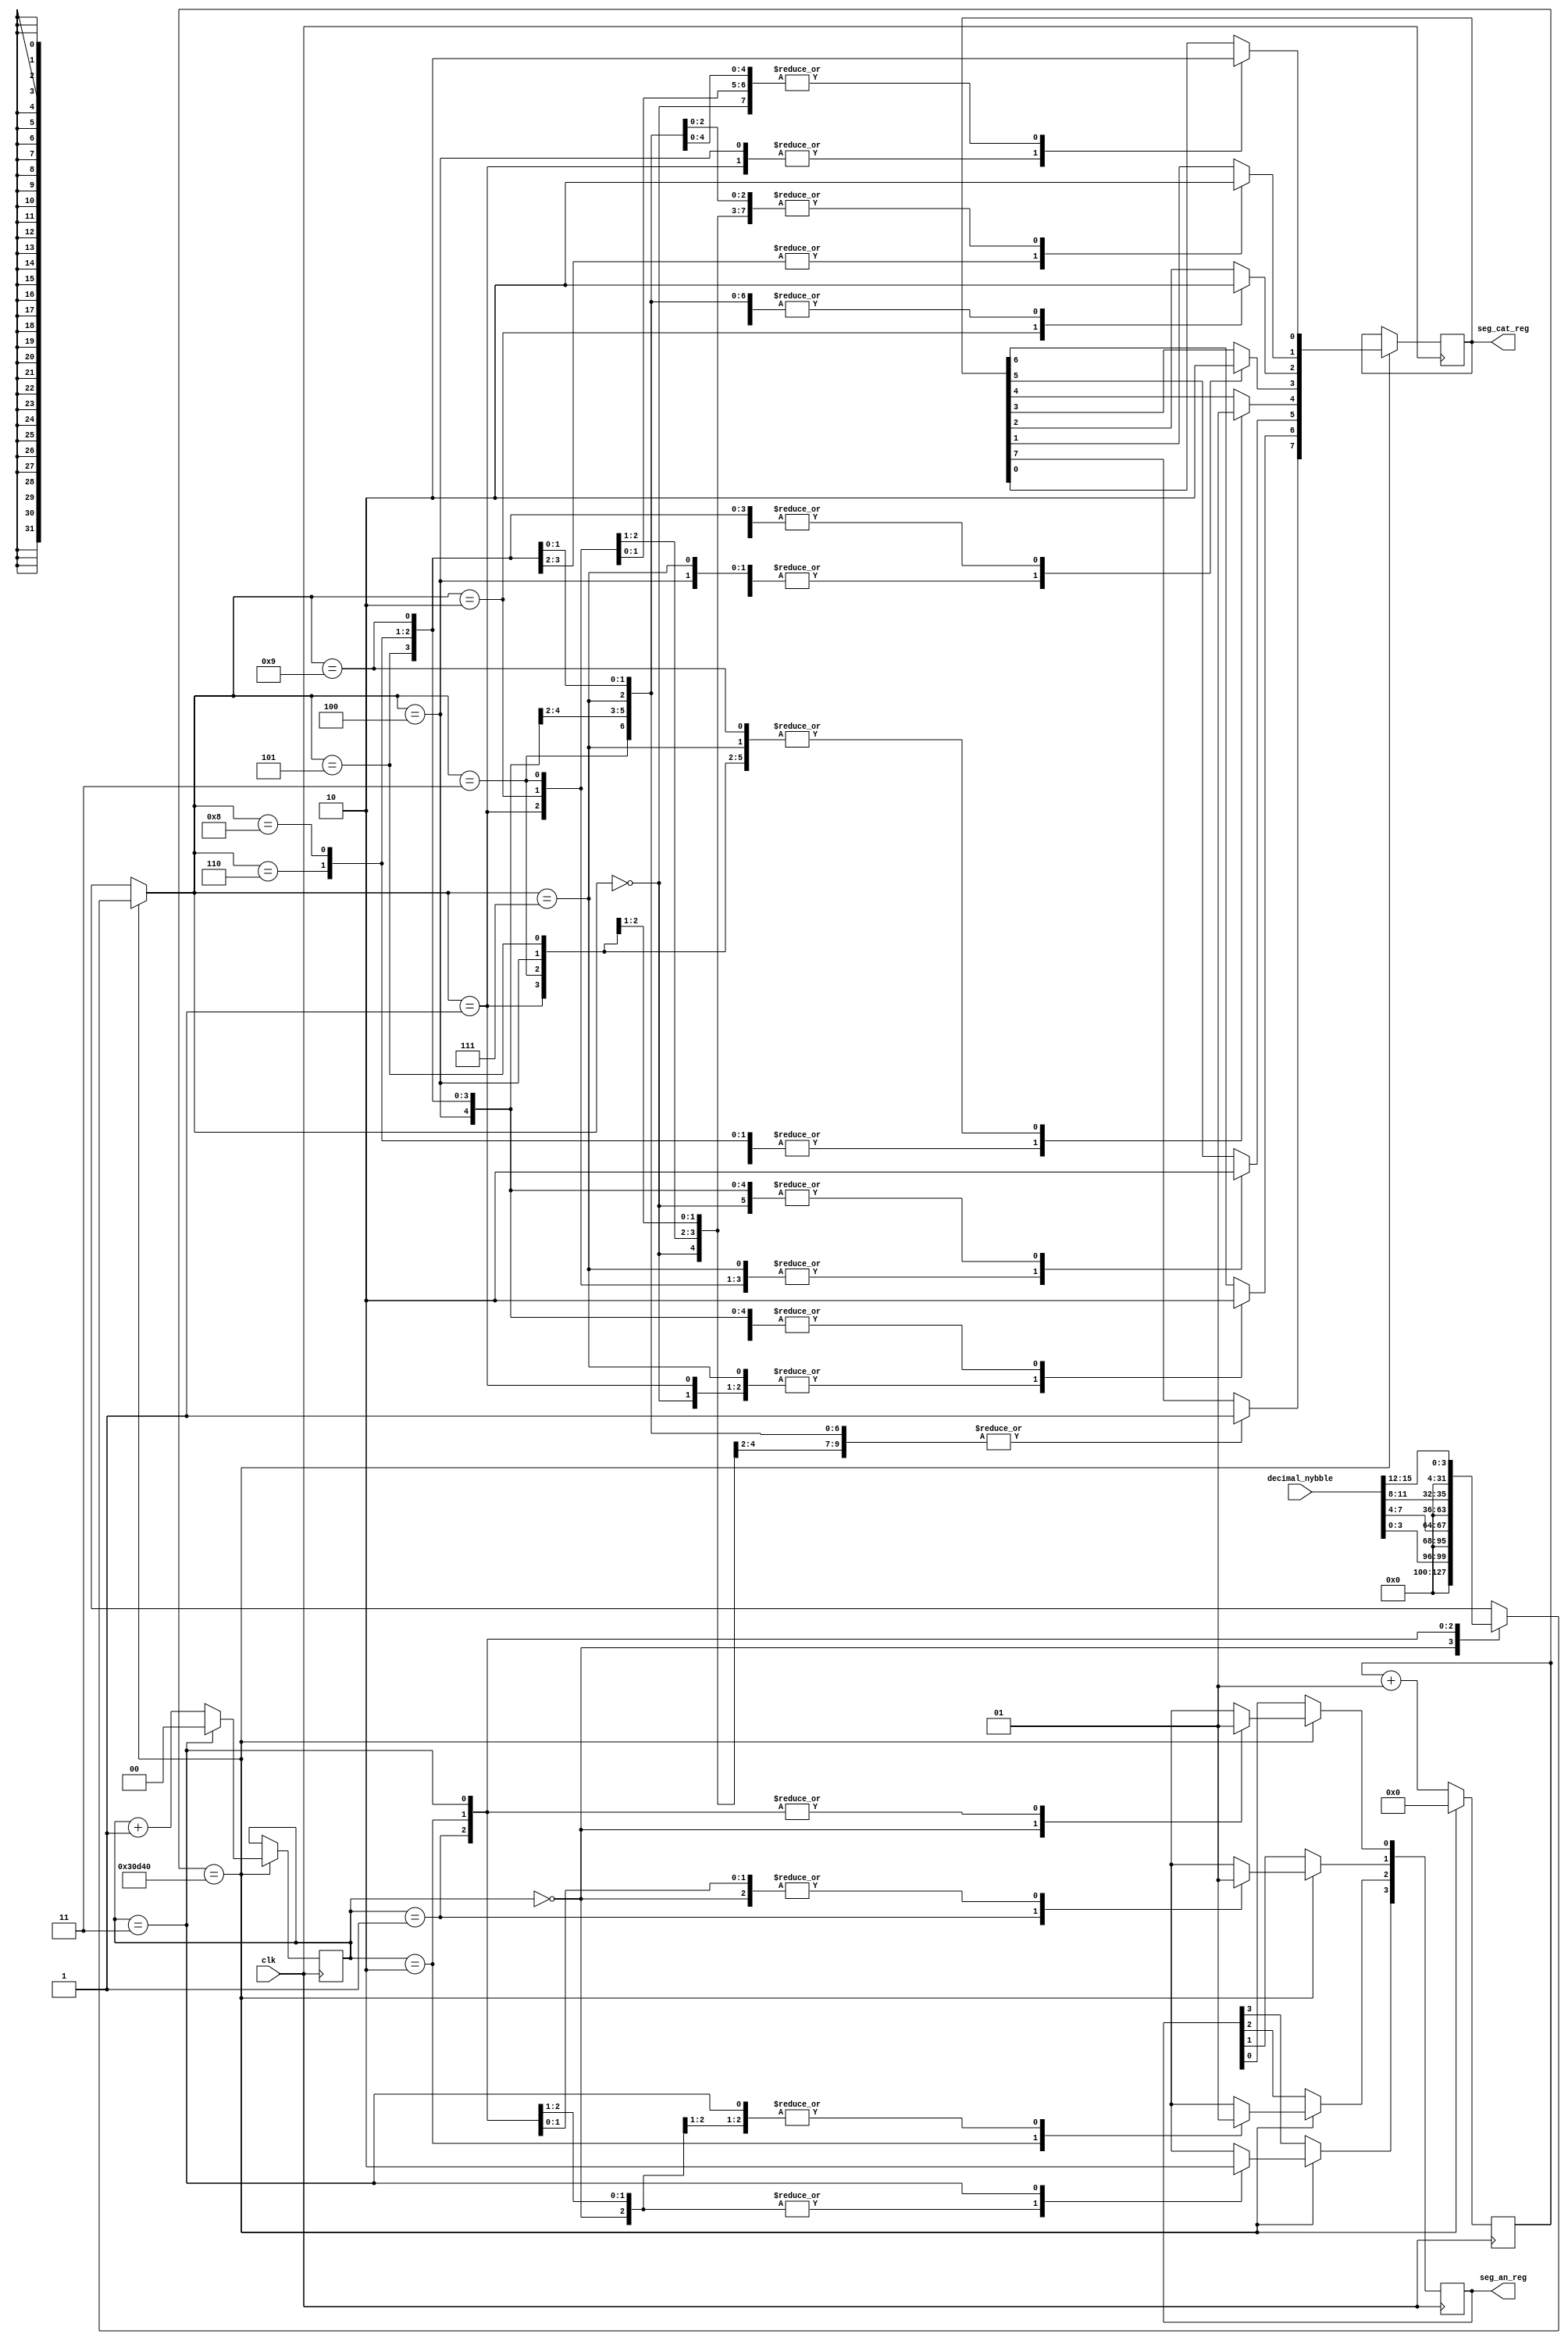
module display_data(
	input clk,
	input [15:0] decimal_nybble,
	output reg [3:0] seg_an_reg,
   output reg [7:0] seg_cat_reg
   );
	integer slowdown;
	reg [1:0] state;
	//reg [3:0] seg_an_reg;
	//reg [7:0] seg_cat_reg;
	integer ID;
	integer digit;
	integer dig0;
	integer dig1;
	integer dig2;
	integer dig3;
	integer temp0;
	integer temp1;
	initial begin
		slowdown = 0;
		state = 0;
		digit = 0;
		dig0 = 0;
		dig1 = 0;
		dig2 = 0;
		dig3 = 0;
		ID = 0;
		seg_an_reg = 4'b0000;
		seg_cat_reg = 8'b00000000;
	end
	
	//assign seg_an = seg_an_reg;
	//assign seg_cat = seg_cat_reg;
	
	//TODO: Calculate digits from data
	always @(decimal_nybble) begin
		dig3 <= decimal_nybble[15:12];
		dig2 <= decimal_nybble[11:8];
		dig1 <= decimal_nybble[7:4];
		dig0 <= decimal_nybble[3:0];
	end
	
	always @(posedge clk) begin
		if(slowdown==200000) begin //only update once every 200000 clock cycles
			//seg_an_reg <= 4'b1111; //clear anodes (no digit active)
			case(state) //choose a new active digit
				2'd0: begin
					digit = dig0;
					seg_an_reg[0] <= 0;
					seg_an_reg[1] <= 1;
					seg_an_reg[2] <= 1;
					seg_an_reg[3] <= 1;
				end
				2'd1: begin
					digit = dig1;
					seg_an_reg[0] <= 1;
					seg_an_reg[1] <= 0;
					seg_an_reg[2] <= 1;
					seg_an_reg[3] <= 1;
				end
				2'd2: begin
					digit = dig2;
					seg_an_reg[0] <= 1;
					seg_an_reg[1] <= 1;
					seg_an_reg[2] <= 0;
					seg_an_reg[3] <= 1;
				end
				2'd3: begin
					digit = dig3;
					seg_an_reg[0] <= 1;
					seg_an_reg[1] <= 1;
					seg_an_reg[2] <= 1;
					seg_an_reg[3] <= 0;
				end
			endcase

			case(digit)
				'd0: begin
					seg_cat_reg[0] = 0;
					seg_cat_reg[1] = 0;
					seg_cat_reg[2] = 0;
					seg_cat_reg[3] = 0;
					seg_cat_reg[4] = 0;
					seg_cat_reg[5] = 0;
					seg_cat_reg[6] = 1;
					seg_cat_reg[7] = 1;
				end
				'd1: begin
					seg_cat_reg[0] = 1;
					seg_cat_reg[1] = 0;
					seg_cat_reg[2] = 0;
					seg_cat_reg[3] = 1;
					seg_cat_reg[4] = 1;
					seg_cat_reg[5] = 1;
					seg_cat_reg[6] = 1;
					seg_cat_reg[7] = 1;
				end
				'd2: begin
					seg_cat_reg[0] = 0;
					seg_cat_reg[1] = 0;
					seg_cat_reg[2] = 1;
					seg_cat_reg[3] = 0;
					seg_cat_reg[4] = 0;
					seg_cat_reg[5] = 1;
					seg_cat_reg[6] = 0;
					seg_cat_reg[7] = 1;
				end
				'd3: begin
					seg_cat_reg[0] = 0;
					seg_cat_reg[1] = 0;
					seg_cat_reg[2] = 0;
					seg_cat_reg[3] = 0;
					seg_cat_reg[4] = 1;
					seg_cat_reg[5] = 1;
					seg_cat_reg[6] = 0;
					seg_cat_reg[7] = 1;
				end
				'd4: begin
					seg_cat_reg[0] = 1;
					seg_cat_reg[1] = 0;
					seg_cat_reg[2] = 0;
					seg_cat_reg[3] = 1;
					seg_cat_reg[4] = 1;
					seg_cat_reg[5] = 0;
					seg_cat_reg[6] = 0;
					seg_cat_reg[7] = 1;
				end
				'd5: begin
					seg_cat_reg[0] = 0;
					seg_cat_reg[1] = 1;
					seg_cat_reg[2] = 0;
					seg_cat_reg[3] = 0;
					seg_cat_reg[4] = 1;
					seg_cat_reg[5] = 0;
					seg_cat_reg[6] = 0;
					seg_cat_reg[7] = 1;
				end
				'd6: begin
					seg_cat_reg[0] = 0;
					seg_cat_reg[1] = 1;
					seg_cat_reg[2] = 0;
					seg_cat_reg[3] = 0;
					seg_cat_reg[4] = 0;
					seg_cat_reg[5] = 0;
					seg_cat_reg[6] = 0;
					seg_cat_reg[7] = 1;
				end
				'd7: begin
					seg_cat_reg[0] = 0;
					seg_cat_reg[1] = 0;
					seg_cat_reg[2] = 0;
					seg_cat_reg[3] = 1;
					seg_cat_reg[4] = 1;
					seg_cat_reg[5] = 1;
					seg_cat_reg[6] = 1;
					seg_cat_reg[7] = 1;
				end
				'd8: begin
					seg_cat_reg[0] = 0;
					seg_cat_reg[1] = 0;
					seg_cat_reg[2] = 0;
					seg_cat_reg[3] = 0;
					seg_cat_reg[4] = 0;
					seg_cat_reg[5] = 0;
					seg_cat_reg[6] = 0;
					seg_cat_reg[7] = 1;
				end
				'd9: begin
					seg_cat_reg[0] = 0;
					seg_cat_reg[1] = 0;
					seg_cat_reg[2] = 0;
					seg_cat_reg[3] = 0;
					seg_cat_reg[4] = 1;
					seg_cat_reg[5] = 0;
					seg_cat_reg[6] = 0;
					seg_cat_reg[7] = 1;
				end
			endcase
			
			case(state)
				2'd3: state <= 0;
				default: state <= state + 1;
			endcase

			slowdown <= 0;
		end else slowdown <= slowdown + 1;
	end

endmodule